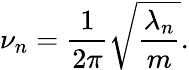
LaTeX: \nu_{n}=\frac{1}{2\pi}\sqrt{\frac{\lambda_{n}}{m}}.